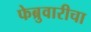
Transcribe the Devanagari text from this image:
फेब्रुवारीचा